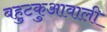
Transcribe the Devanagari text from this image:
बहुटकुआवाली